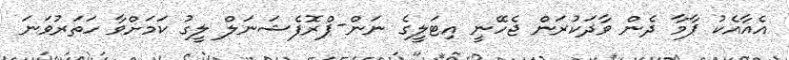
އެއާއެކު ޕާމާ ދެން ވާދަކުރަން ޖެހޭނީ އިޓަލީގެ ނަން-ޕްރޮފެޝަނަލް ލީގު ކަމަށްވާ ހަތަރުވަނަ